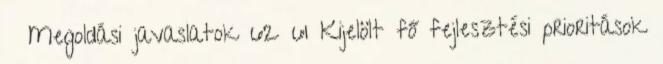
▪ Megoldási javaslatok 62 61 Kijelölt fő fejlesztési prioritások